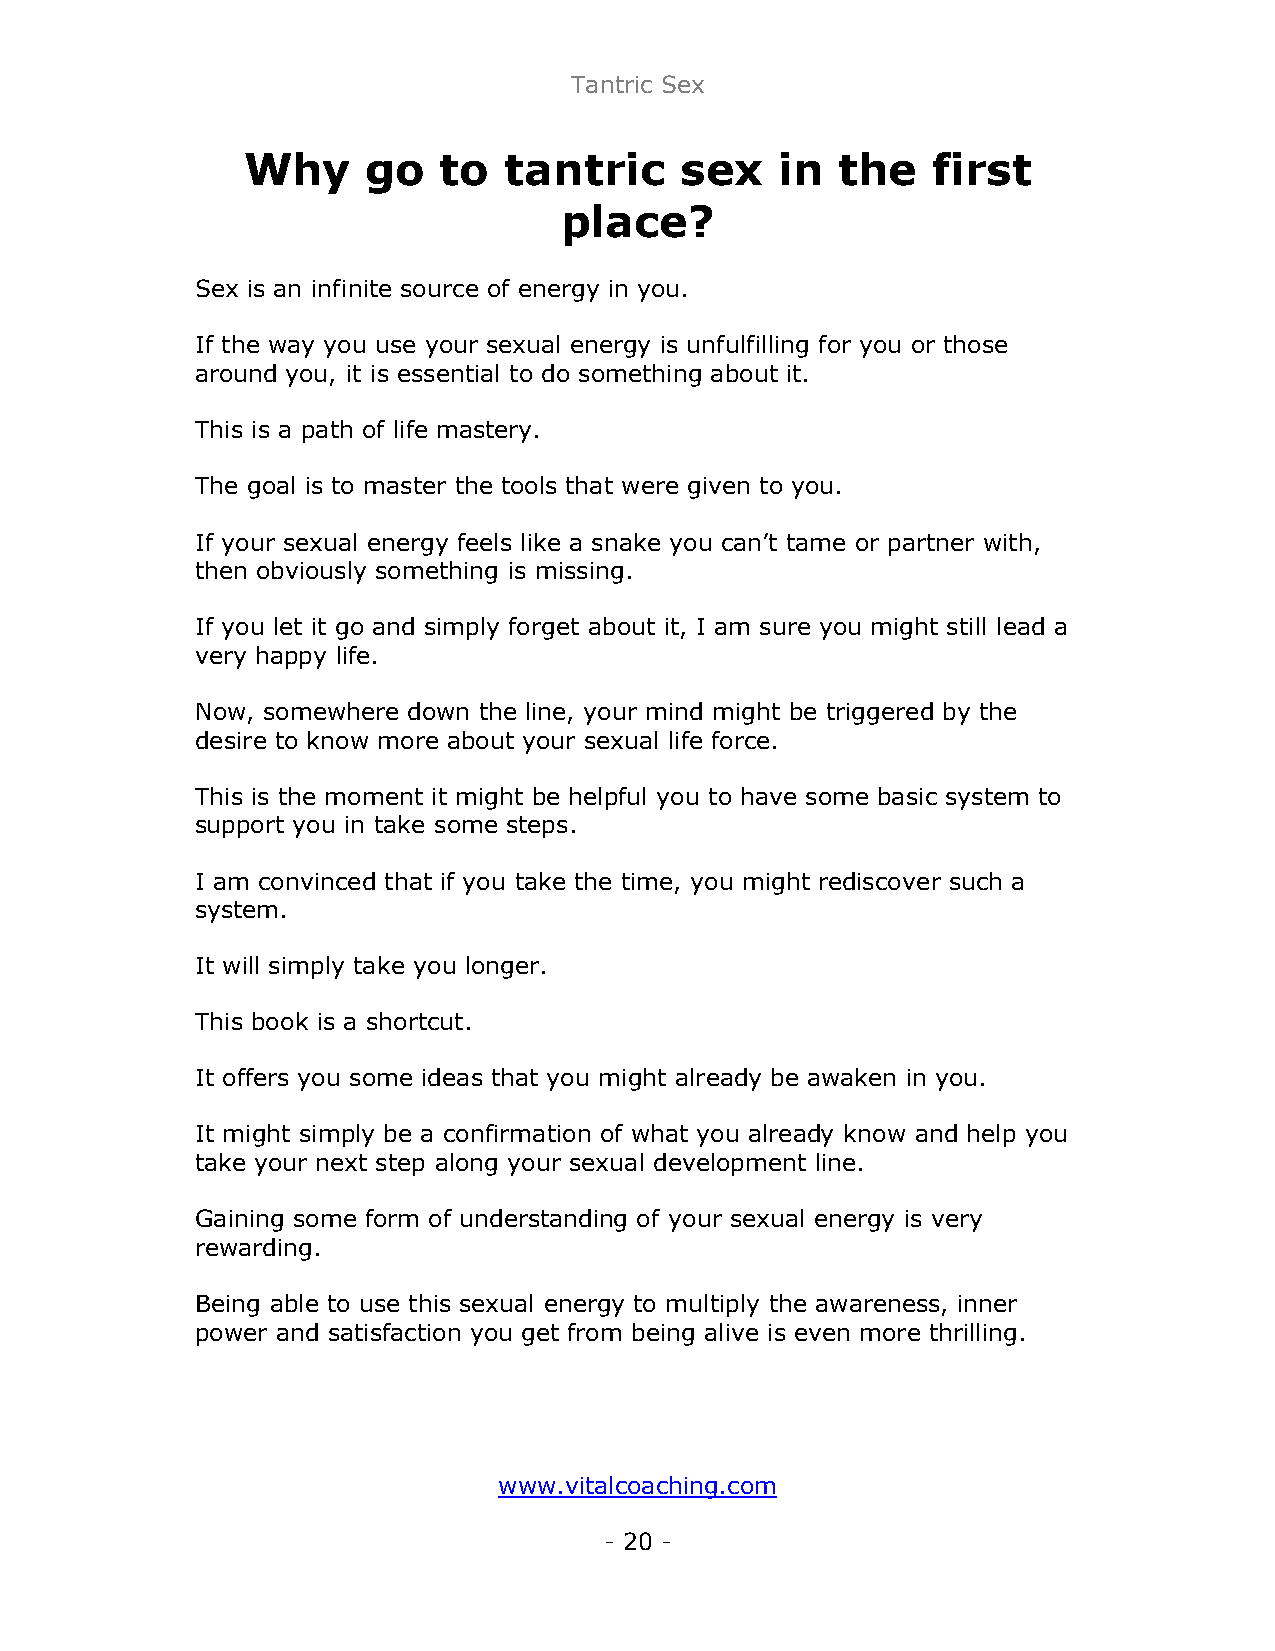
Tantric Sex
 Why     go   to  tantric     sex    in  the   first
 place?
 Sex is an infinite source of energy in you.
 If the way you use your sexual energy is unfulfilling for you or those
 around you, it is essential to do something about it.
 This is a path of life mastery.
 The goal is to master the tools that were given to you.
 If your sexual energy feels like a snake you can’t tame or partner with,
 then obviously something is missing.
 If you let it go and simply forget about it, I am sure you might still lead a
 very happy life.
 Now, somewhere down the line, your mind might be triggered by the
 desire to know more about your sexual life force.
 This is the moment it might be helpful you to have some basic system to
 support you in take some steps.
 I am convinced that if you take the time, you might rediscover such a
 system.
 It will simply take you longer.
 This book is a shortcut.
 It offers you some ideas that you might already be awaken in you.
 It might simply be a confirmation of what you already know and help you
 take your next step along your sexual development line.
 Gaining some form of understanding of your sexual energy is very
 rewarding.
 Being able to use this sexual energy to multiply the awareness, inner
 power and satisfaction you get from being alive is even more thrilling.
 www.vitalcoaching.com
 - 20 -